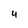
Character: 4